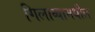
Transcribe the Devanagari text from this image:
गिलाव्यामधील